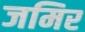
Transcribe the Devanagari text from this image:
जमिर